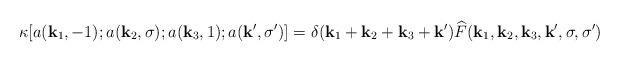
LaTeX: \begin{align*}\kappa[ a(\mathbf{k}_1,-1); a(\mathbf{k}_2,\sigma); a(\mathbf{k}_3,1); a(\mathbf{k}', \sigma') ] = \delta(\mathbf{k}_1+\mathbf{k}_2+\mathbf{k}_3+\mathbf{k}') \widehat{F}(\mathbf{k}_1,\mathbf{k}_2,\mathbf{k}_3,\mathbf{k}',\sigma, \sigma')\end{align*}